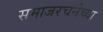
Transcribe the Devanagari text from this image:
समाजरचनेच्या